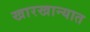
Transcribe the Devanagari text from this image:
खारखान्यात